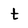
Character: t